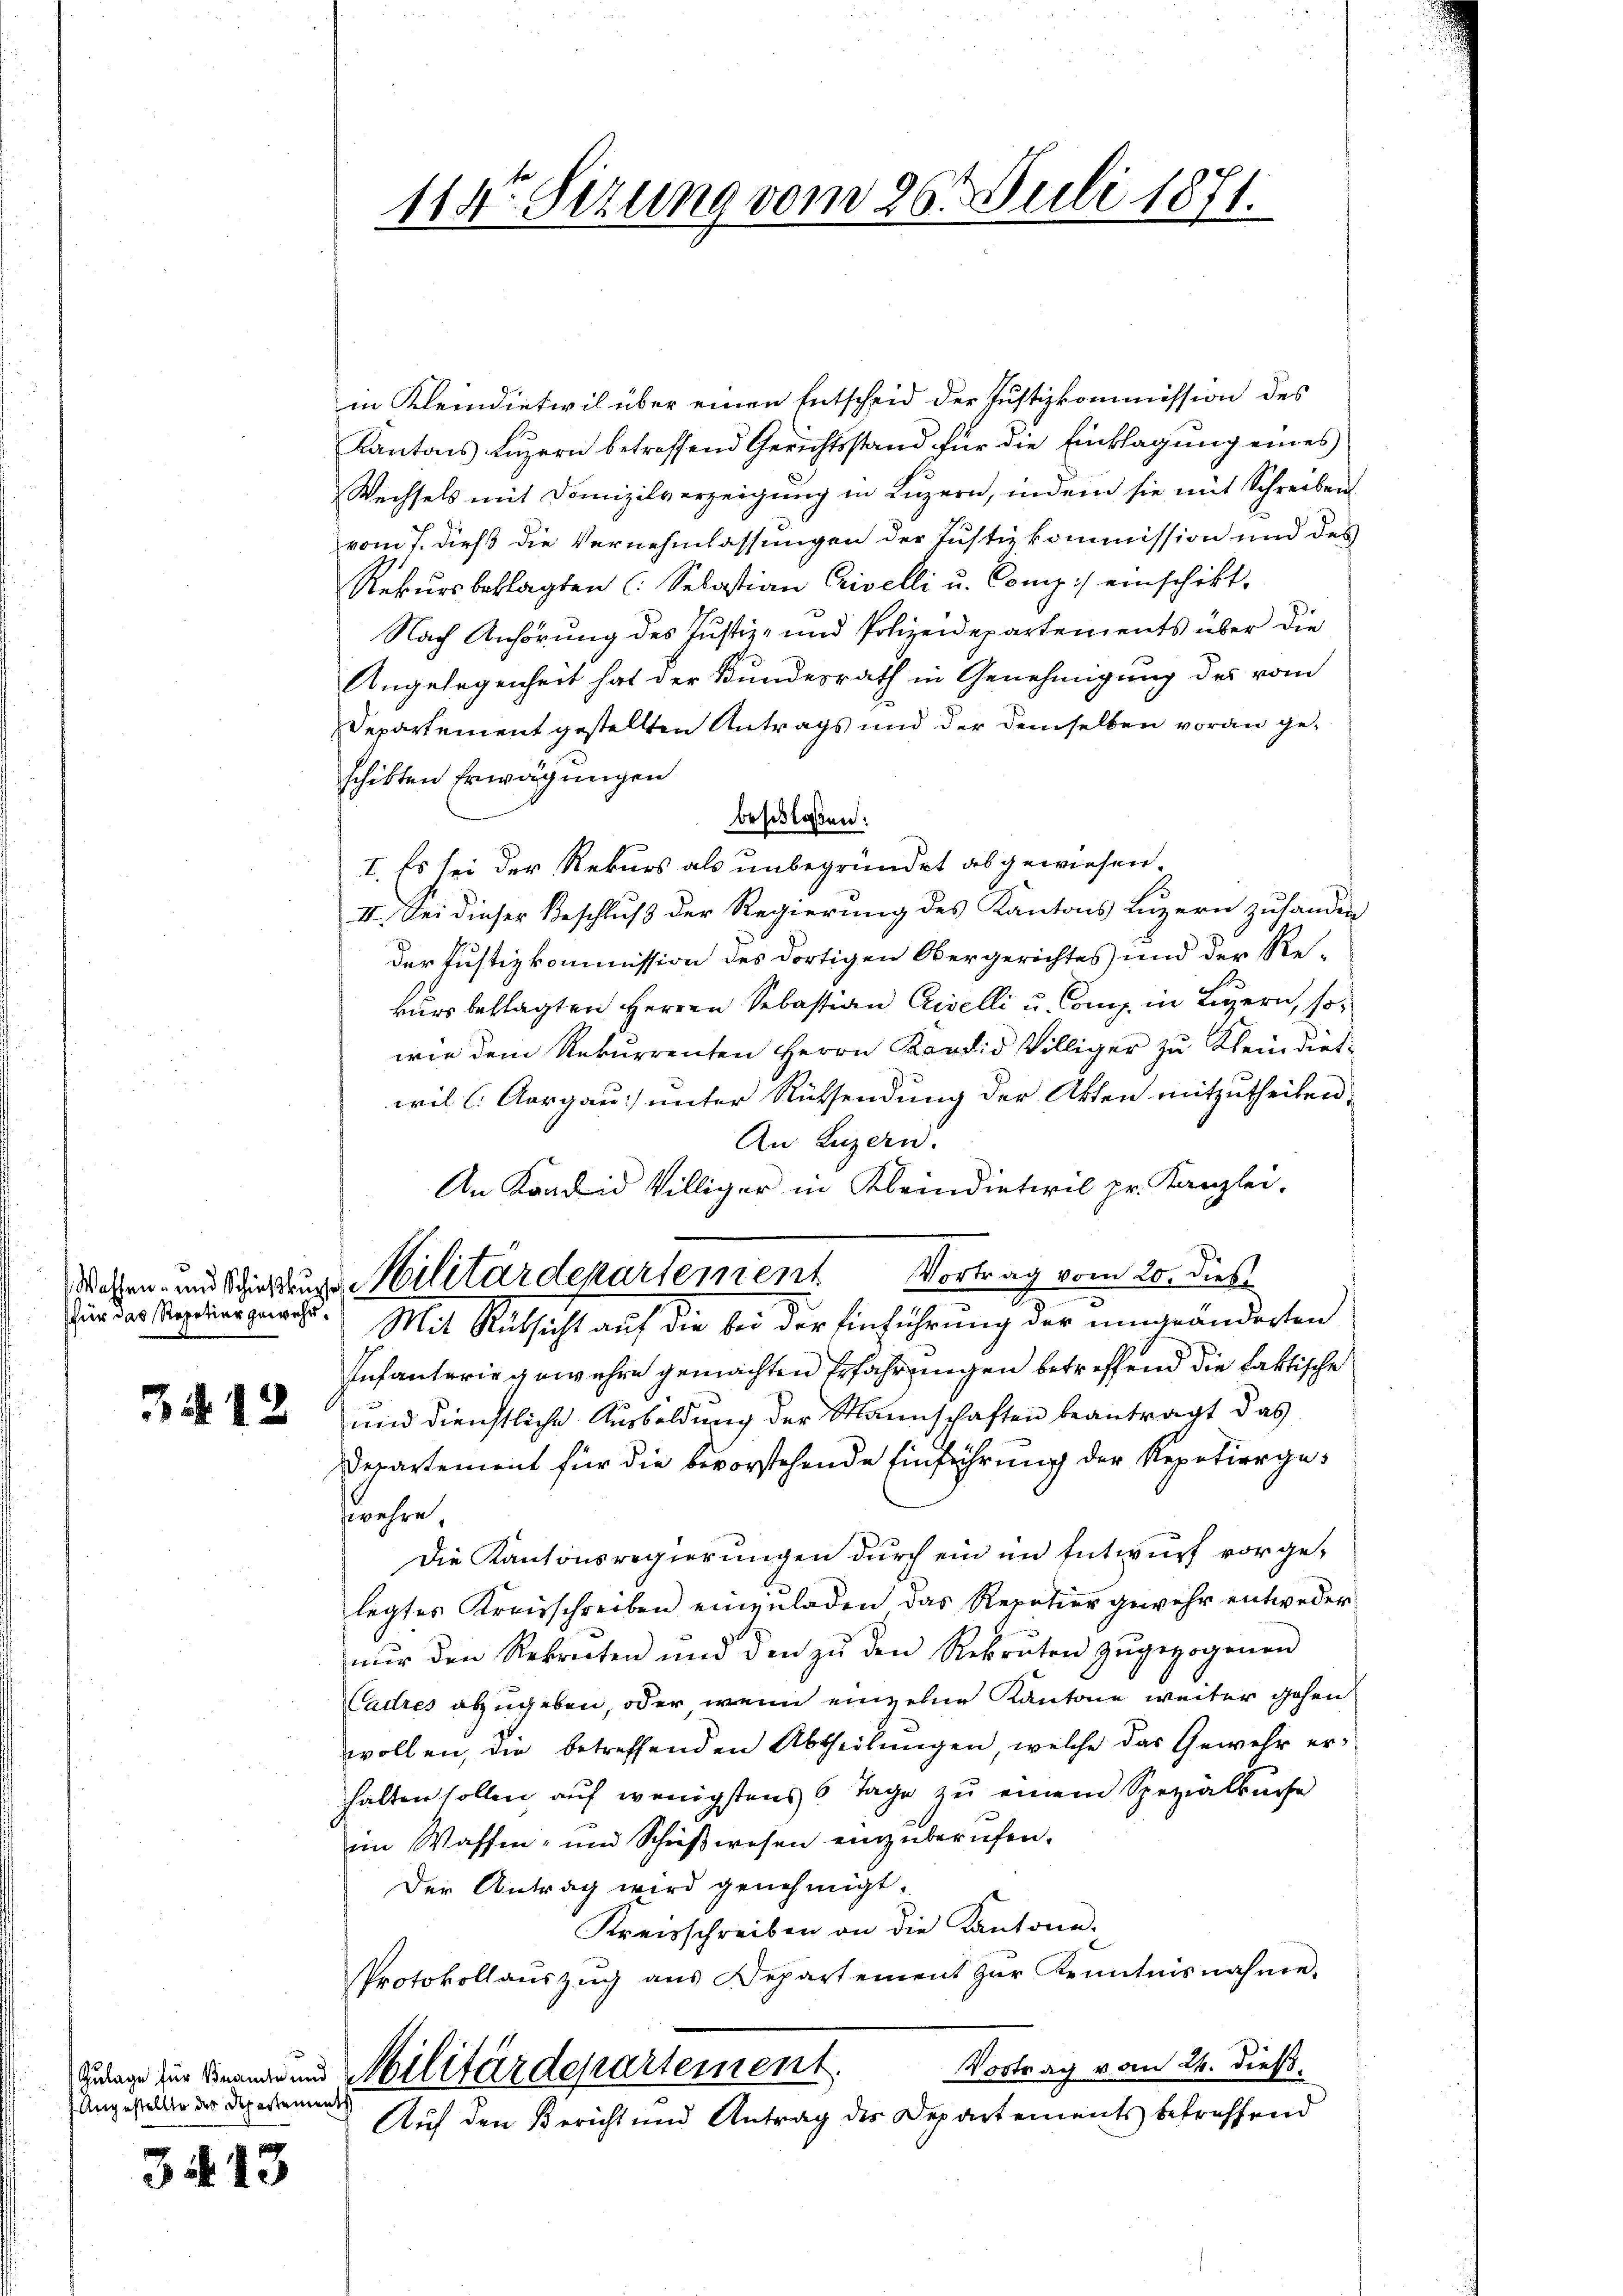
für das Repetier gewehr¬

312

Angestellte des Departements

3413

114ten Sizung vom 26. Juli 1871.

in Kleindietivil über einen Entscheid der Justizkommission des
Kantons Luzern betreffend Gerichtsstand für die Einklagung eines
Wechsels mit Domizilverzeigung in Luzern, indem sie mit Schreiben
vom 7. dieß die Vernehmlassungen der Justizkommission und des
Rekŭrsbeklagten (Selastian Crivelli u. Comp:/ einschikt.
Nach Anhörung des Justiz- und Polizeidepartements über die
Angelegenheit hat der Bundesrath in Genehmigung des vom
Departement gestellten Antrags und der demselben voran geschikten Erwägungen
beschlossen:
I. Es sei der Rekurs als unbegründet abgewiesen.
II. Sei dieser Beschluß der Regierung des Kantons Luzern zuhanden
der Justizkommission des dortigen Obergerichtes und der Rekurs beklagten Herren Sebastian Liselli u. Comp. in Luzern, sowie dem Rekurrenten Herrn Kandid Villiger zu Klein dieswil l. Aargau) unter Rücksendung der Akten mitzutheilen.
An Luzern.
Infanterie gewehre gemachten Erfahrungen betreffend die faktische
und dienstliche Ausbildung der Mannschaften beantragt das
Derartement für die bevorstehende Einführung der Repetiergezwehre,
Die Kantonsregierungen durch ein im Entwurf vorgelegtes Kreisschreiben einzŭladen das Repetier gewehr entweder
nŭr den Rekreten und den zŭ den Rekruten zŭgezogenen
Cadres abzugeben, oder wenn einzelne Kantone weiter gehen
wollen, die betreffenden Abtheilungen, welche das Gewehr erhalten sollen auf wenigstens 6 Tage zu einem Spezialbüche
im Waffen- und Schußwesen einzuberufen.
Der Antrag wird genehmigt.
Kreisschreiben an die Kantone.
Protokollaŭszŭg aŭs Departement zŭr Kenntnisnahme,
Vortrag vom 24. dieß.
denen sie den und Militärdepartement.
Auf den Bericht und Antrag des Departements betreffend

An Kandid Villiger in Kleindiativil pr. Kanzlei.
Wehen- und Schiedungs Militärdepartement Vortrag vom 20. Dieb
Mit Rücksicht auf die bei der Einführung der umgeänderten